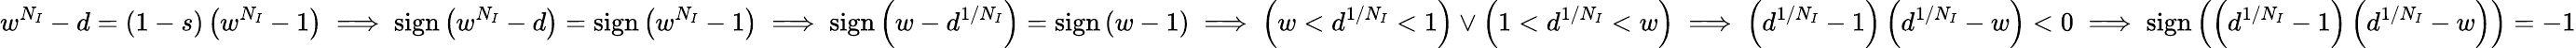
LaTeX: w^{N_{I}}-d=(1-s)\left(w^{N_{I}}-1\right)\implies\mathrm{sign}\left(w^{N_{I}}-d\right)=\mathrm{sign}\left(w^{N_{I}}-1\right)\implies\mathrm{sign}\left(w-d^{1/N_{I}}\right)=\mathrm{sign}\left(w-1\right)\implies\left(w<d^{1/N_{I}}<1\right)\lor\left(1<d^{1/N_{I}}<w\right)\implies\left(d^{1/N_{I}}-1\right)\left(d^{1/N_{I}}-w\right)<0\implies\mathrm{sign}\left(\left(d^{1/N_{I}}-1\right)\left(d^{1/N_{I}}-w\right)\right)=-1